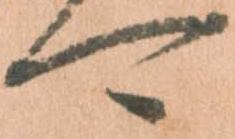
可